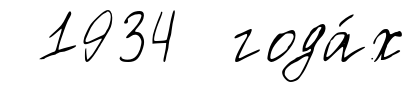
1934 года́х